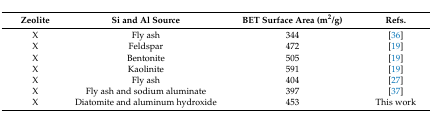
| Zeolite | Si and Al Source | BET Surface Area (m2/g) | Refs. |
 | --- | --- | --- | --- |
 | X | Fly ash | 344 | [36] |
 | X | Feldspar | 472 | [19] |
 | X | Bentonite | 505 | [19] |
 | X | Kaolinite | 591 | [19] |
 | X | Fly ash | 404 | [27] |
 | X | Fly ash and sodium aluminate | 397 | [37] |
 | X | Diatomite and aluminum hydroxide | 453 | This work |